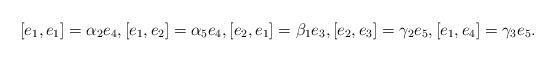
LaTeX: \begin{align*} [e_1, e_1]=\alpha_2e_4, [e_1, e_2]=\alpha_5e_4, [e_2, e_1]=\beta_1e_3, [e_2, e_3]=\gamma_2e_5, [e_1, e_4]=\gamma_3e_5.\end{align*}